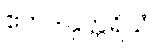
ဧတဒါနုတ္တရိယံ